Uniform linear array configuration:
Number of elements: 4
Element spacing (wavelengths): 0.5
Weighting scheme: kaiser
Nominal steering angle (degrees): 0
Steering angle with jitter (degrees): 0.5356
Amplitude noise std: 0.05
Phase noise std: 0.05

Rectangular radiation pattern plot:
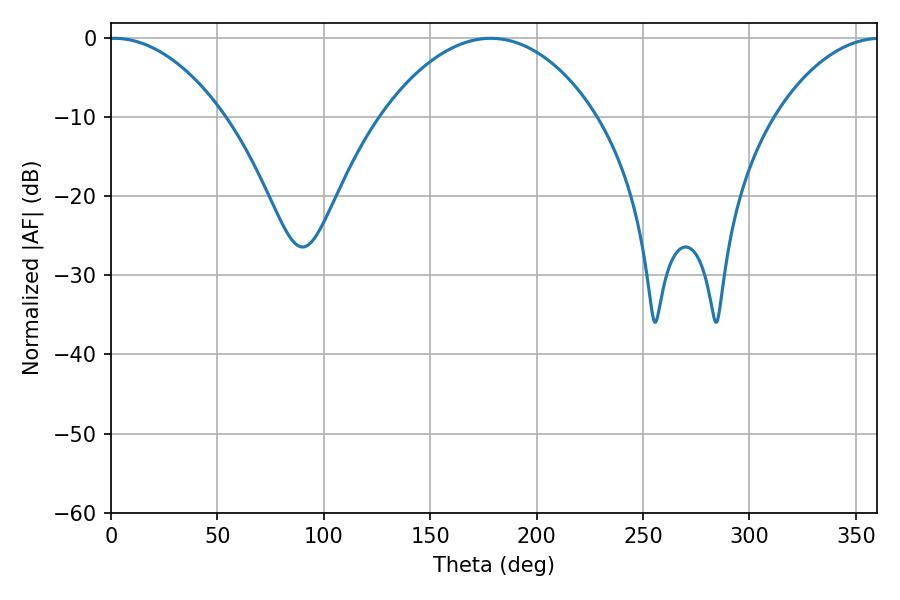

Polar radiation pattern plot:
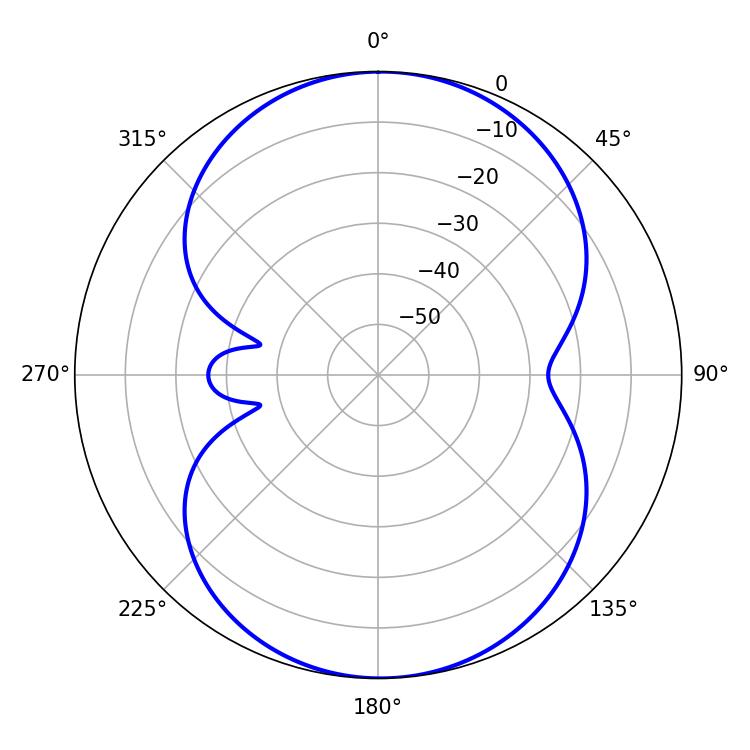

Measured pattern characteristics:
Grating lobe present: FALSE
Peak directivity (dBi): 14.065
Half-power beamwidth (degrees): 30.24
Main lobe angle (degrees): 1.62